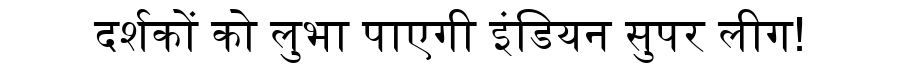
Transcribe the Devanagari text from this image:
दर्शकों को लुभा पाएगी इंडियन सुपर लीग!